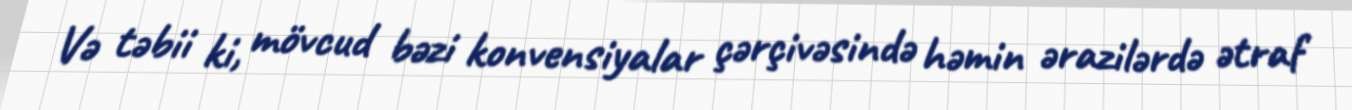
Və təbii ki, mövcud bəzi konvensiyalar çərçivəsində həmin ərazilərdə ətraf